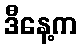
ဒီနေ့က